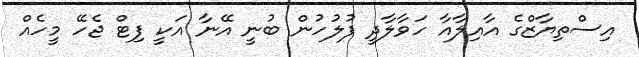
އިސްތިޔާޒްގެ އާއިލާއާ ހަވާލާދީ ފުލުހުން ބުނީ އޭނާ އަކީ ފިޓް ޖެހޭ މީހެއް